Leaving Certificate Examination, 1918, 1918
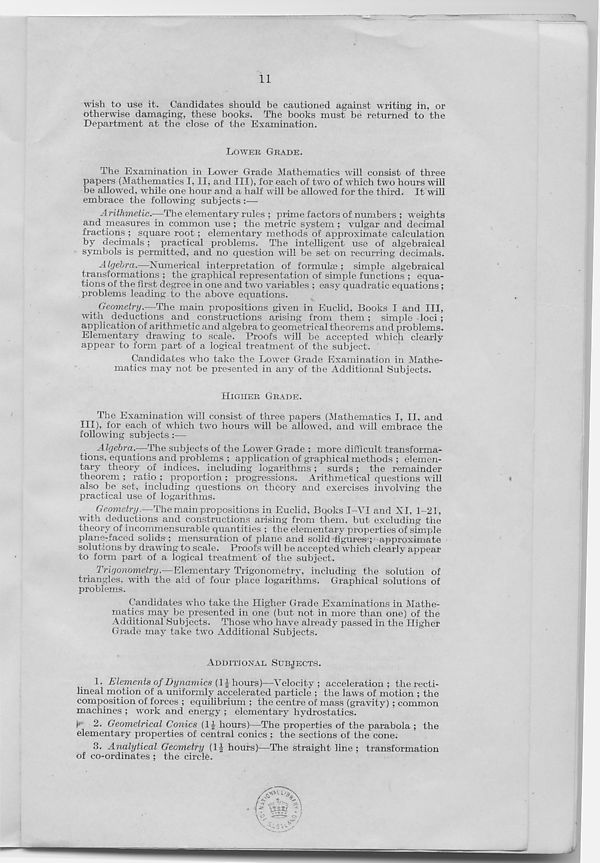
11
wish to use it. Candidates should be cautioned against writing in, or
otherwise damaging, these books. The books must be returned to the
Department at the close of the Examination.
LOWER GRADE.
The Examination in Lower Grade Mathematics will consist of three
papers (Mathematics I, II, and III), for each of two of which two hours will
be allowed, while one hour and a half will be allowed for the third. It will
embrace the following subjects:—
Arithmetic.—The elementary rules ; prime factors of numbers ; weights
and measures in common use ; the metric system ; vulgar and decimal
fractions ; square root; elementary methods of approximate calculation
by decimals; practical problems. The intelligent use of algebraical
symbols is permitted, and no question will be set on recurring decimals.
A /yetra.—-Numerical interpretation of formula ; simple algebraical
transformations ; the graphical representation of simple functions ; equa-
tions of the first degree in one and two variables ; easy quadratic equations ;
problems leading to the above equations.
Geometry.-—The main propositions given in Euclid, Books I and III,
with deductions and constructions arising from them ; simple loci ;
applicat ion of arithmetic and algebra to geometrical theorems and problems.
Elementary drawing to scale. Proofs will be accepted which clearly
appear to form part of a logical treatment of the subject.
Candidates who take the Lower Grade Examination in Mathe-
matics may not be presented in any of the Additional Subjects.
HIGHER GRADE.
The Examination will consist of three papers (Mathematics I, II, and
III), for each of which two hours will be allowed, and will embrace the
following subjects:—
Algebra.-—The subjects of the Lower Grade ; more difficult transforma-
tions, equations and problems ; application of graphical methods ; elemen-
tary theory of indices, including logarithms; surds ; the remainder
theorem ; ratio ; proportion ; progressions. Arithmetical questions will
also be set, including questions on theory and exercises involving the
practical use of logarithms.
Geometry.—The main propositions in Euclid, Books I-VI and XI, 1-21,
with deductions and constructions arising from them, but excluding the
theory of incommensurable quantities ; the elementary properties of simple
plane-faced solids ; mensuration of plane and solid figures ; approximate
solutions by drawing to scale. Proofs will be accepted which clearly appear
to form part of a logical treatment of the subject.
Trigonometry.—Elementary Trigonometry, including the solution of
triangles, with the aid of four place logarithms. Graphical Solutions of
problems.
Candidates who take the Higher Grade Examinations in Mathe-
matics may be presented in one (but not in more than one) of the
Additional Subjects. Those who have already passed in the Higher
Grade may take two Additional Subjects.
ADDITIONAL SUBJECTS.
1. Elements of Dynamics (1 £ hours)—Velocity; acceleration; the recti-
lineal motion of a uniformly accelerated particle ; the law's of motion ; the
composition of forces ; equilibrium ; the centre of mass (gravity) ; common
machines ; work and energy ; elementary hydrostatics.
k 2. Geometrical Conics (1 {- hours)—The properties of the parabola ; the
elementary properties of central conics : the sections of the cone.
3. Analytical Geometry (H hours)—The straight line ; transformation
of co-ordinates ; the circle.